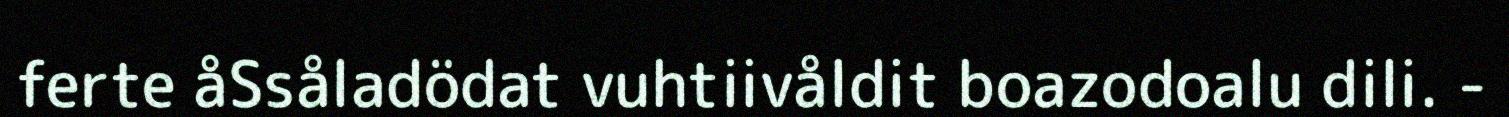
ferte åSsåladödat vuhtiivåldit boazodoalu dili. -